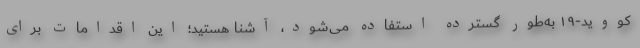
کووید-۱۹ به‌طور گسترده استفاده می‌شود، آشنا هستید؛ این اقدامات برای